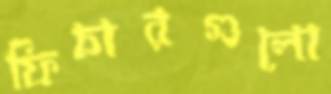
ফিচারগুলো